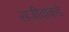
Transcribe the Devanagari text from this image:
सजीवाकडे